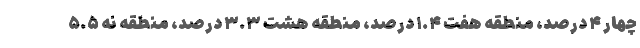
چهار ۴ درصد، منطقه هفت ۱.۴ درصد، منطقه هشت ۳.۳ درصد، منطقه نه ۵.۵